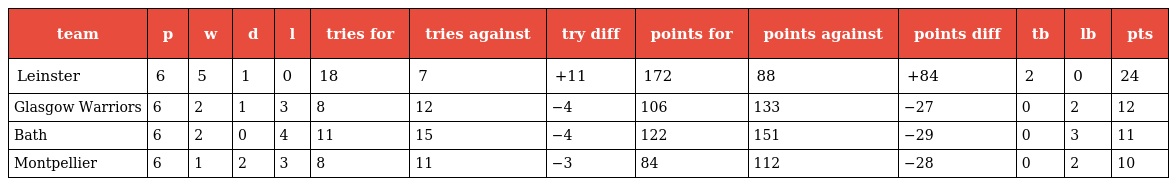
| team | p | w | d | l | tries for | tries against | try diff | points for | points against | points diff | tb | lb | pts |
 | --- | --- | --- | --- | --- | --- | --- | --- | --- | --- | --- | --- | --- | --- |
 | Leinster | 6 | 5 | 1 | 0 | 18 | 7 | +11 | 172 | 88 | +84 | 2 | 0 | 24 |
 | Glasgow Warriors | 6 | 2 | 1 | 3 | 8 | 12 | −4 | 106 | 133 | −27 | 0 | 2 | 12 |
 | Bath | 6 | 2 | 0 | 4 | 11 | 15 | −4 | 122 | 151 | −29 | 0 | 3 | 11 |
 | Montpellier | 6 | 1 | 2 | 3 | 8 | 11 | −3 | 84 | 112 | −28 | 0 | 2 | 10 |